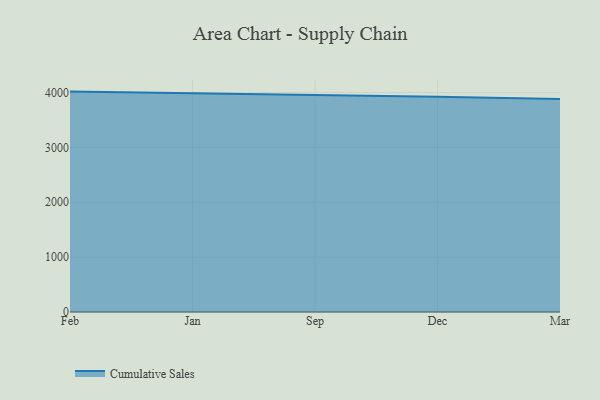
{"axis": {"x": "Month", "y": "Churn Rate (%)"}, "legend": ["Cumulative Sales"], "data": [{"x": "Feb", "y": 4017.4, "type": "Cumulative Sales"}, {"x": "Jan", "y": 3988.8, "type": "Cumulative Sales"}, {"x": "Sep", "y": 3964.8, "type": "Cumulative Sales"}, {"x": "Dec", "y": 3922.8, "type": "Cumulative Sales"}, {"x": "Mar", "y": 3882.2, "type": "Cumulative Sales"}]}